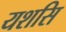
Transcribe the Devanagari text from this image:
यशसि